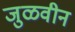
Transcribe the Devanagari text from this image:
जुळवीन